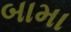
બામા